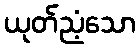
ယုတ်ညံ့သော